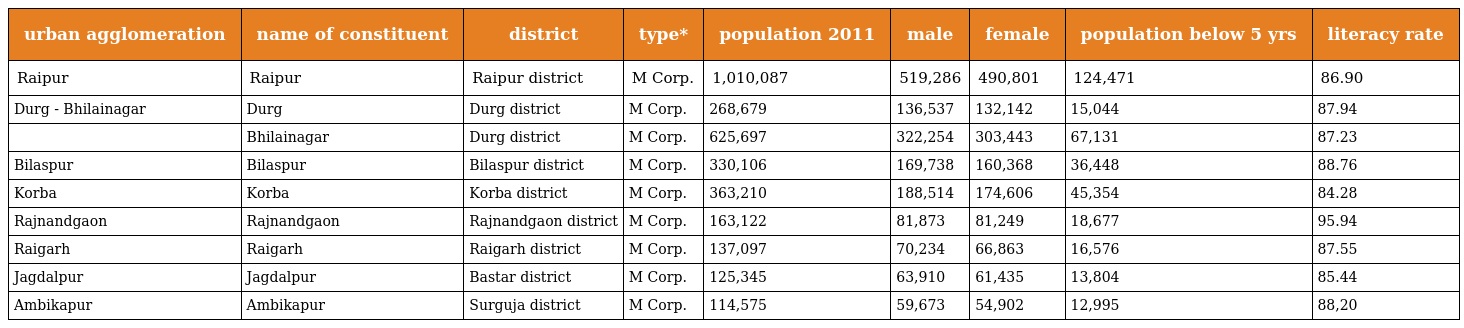
| urban agglomeration | name of constituent | district | type* | population 2011 | male | female | population below 5 yrs | literacy rate |
 | --- | --- | --- | --- | --- | --- | --- | --- | --- |
 | Raipur | Raipur | Raipur district | M Corp. | 1,010,087 | 519,286 | 490,801 | 124,471 | 86.90 |
 | Durg - Bhilainagar | Durg | Durg district | M Corp. | 268,679 | 136,537 | 132,142 | 15,044 | 87.94 |
 |  | Bhilainagar | Durg district | M Corp. | 625,697 | 322,254 | 303,443 | 67,131 | 87.23 |
 | Bilaspur | Bilaspur | Bilaspur district | M Corp. | 330,106 | 169,738 | 160,368 | 36,448 | 88.76 |
 | Korba | Korba | Korba district | M Corp. | 363,210 | 188,514 | 174,606 | 45,354 | 84.28 |
 | Rajnandgaon | Rajnandgaon | Rajnandgaon district | M Corp. | 163,122 | 81,873 | 81,249 | 18,677 | 95.94 |
 | Raigarh | Raigarh | Raigarh district | M Corp. | 137,097 | 70,234 | 66,863 | 16,576 | 87.55 |
 | Jagdalpur | Jagdalpur | Bastar district | M Corp. | 125,345 | 63,910 | 61,435 | 13,804 | 85.44 |
 | Ambikapur | Ambikapur | Surguja district | M Corp. | 114,575 | 59,673 | 54,902 | 12,995 | 88,20 |